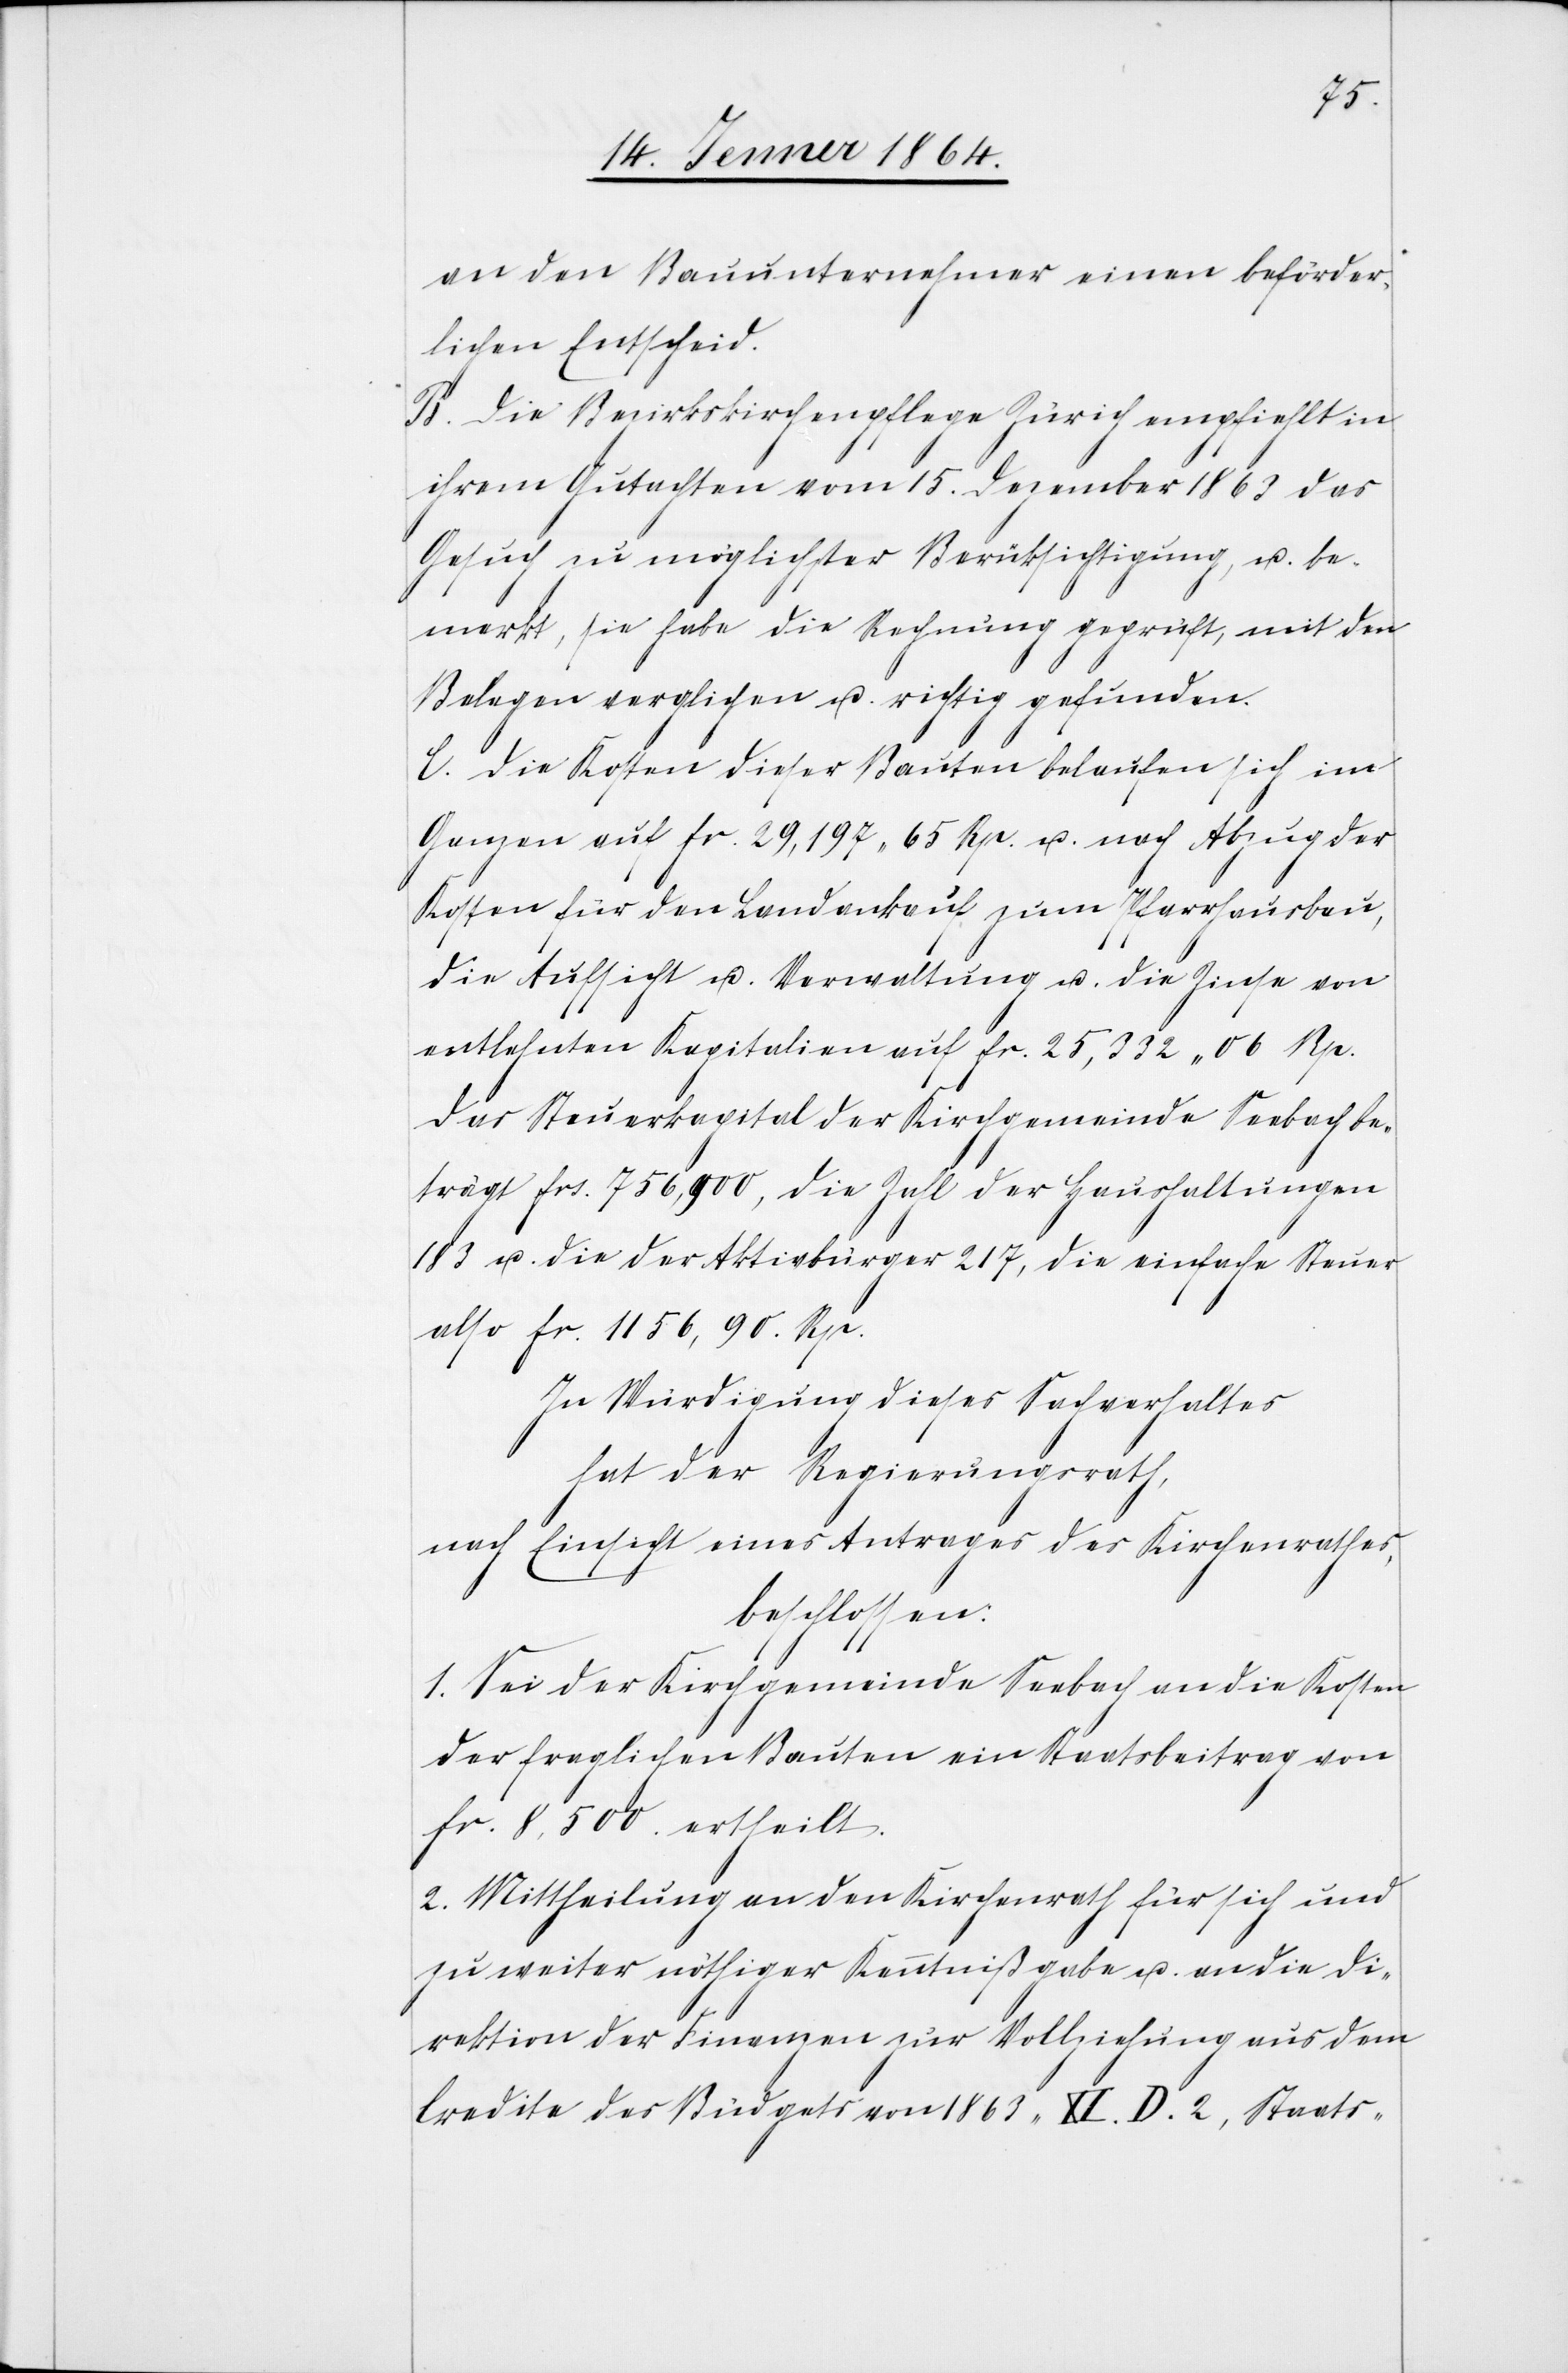
an den Bauunternehmer einen beförder¬
lichen Entscheid.
B. Die Bezirkskirchenpflege Zürich empfiehlt in
ihrem Gutachten vom 15. Dezember 1863 das
Gesuch zu möglichster Berücksichtigung, u. be¬
merkt, sie habe die Rechnung geprüft, mit den
Belegen verglichen u. richtig gefunden.
C. Die Kosten dieser Bauten belaufen sich im
Ganzen auf fr. 29,197 65 Rp. u. nach Abzug der
Kosten für den Landankauf zum Pfarrhausbau,
die Aufsicht u. Verwaltung u. die Zinse von
entlehnten Kapitalien auf fr. 25,322 06 Rp.
Das Steuerkapital der Kirchgemeinde Seebach be¬
trägt frs. 756,900, die Zahl der Haushaltungen
183 u. die der Aktivbürger 217, die einfache Steuer
also fr. 1156,90 Rp.
In Würdigung dieses Sachverhaltes
hat der Regierungsrath,
nach Einsicht eines Antrages des Kirchenrathes,
beschlossen:
1. Sei der Kirchgemeinde Seebach an die Kosten
der fraglichen Bauten ein Staatsbeitrag von
fr. 8,500. ertheilt.
2. Mittheilung an den Kirchenrath für sich und
zu weiter nöthiger Kenntnißgabe u. an die Di¬
rektion der Finanzen zur Vollziehung aus dem
Credite des Budgets von 1863, XI.D.2, Staats-